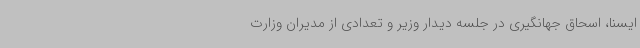
ایسنا، اسحاق جهانگیری در جلسه دیدار وزیر و تعدادی از مدیران وزارت